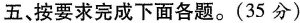
五按要求完成下面各题。(35分)